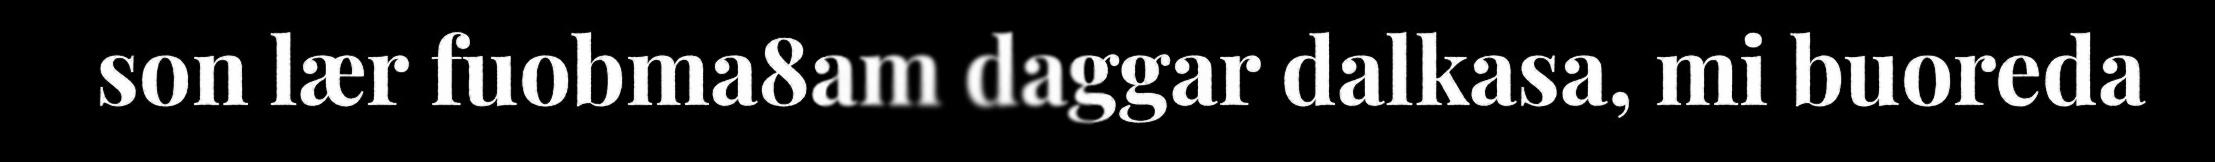
son lær fuobma8am daggar dalkasa, mi buoreda